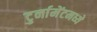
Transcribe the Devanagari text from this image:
टुर्नामेंटमध्ये